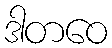
ဒါတဝေ